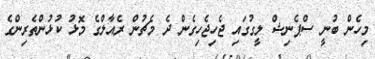
މިހެން ބުނީ ސްޕެނިޝް ލީގުގައި ޖެހިޖެހިގެން ދެ މެޗުން ރެއާލްގެ މޮޅު ކުޅުންތެރިންގެ